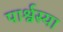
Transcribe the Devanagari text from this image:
पार्श्वस्या